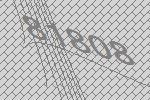
81808